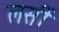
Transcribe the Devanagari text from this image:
लसीं